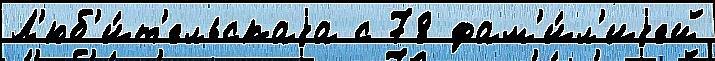
Л'юб'и́т'ельскаjа с 78 фам'и́л'иjей